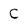
Character: C